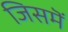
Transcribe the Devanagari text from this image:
जिसमॆं